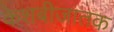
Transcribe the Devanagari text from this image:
केशबीजातक